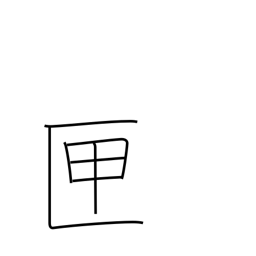
Meaning: box